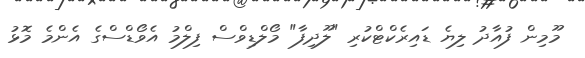
މޫމިން ފުއާދު ލިޔެ ޑައިރެކްޓްކުރި "ލޫދިފާ" މޯލްޑިވްސް ފިލްމު އެވޯޑްސްގެ އެންމެ މޮޅު